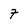
Character: 7